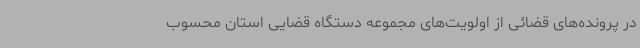
در پرونده‌های قضائی از اولویت‌های مجموعه دستگاه قضایی استان محسوب